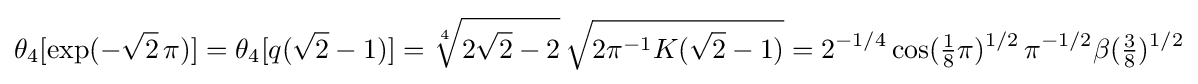
\theta _{4}[\exp(-{\sqrt {2}}\,\pi )]=\theta _{4}[q({\sqrt {2}}-1)]={\sqrt[{4}]{2{\sqrt {2}}-2}}\,{\sqrt {2\pi ^{-1}K({\sqrt {2}}-1)}}=2^{-1/4}\cos({\tfrac {1}{8}}\pi )^{1/2}\,\pi ^{-1/2}\beta ({\tfrac {3}{8}})^{1/2}